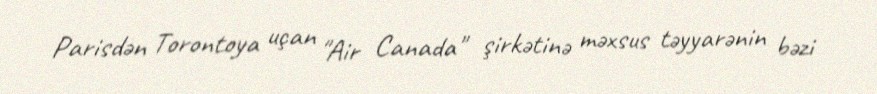
Parisdən Torontoya uçan "Air Canada" şirkətinə məxsus təyyarənin bəzi